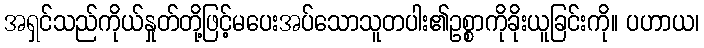
အရှင်သည်ကိုယ်နှုတ်တို့ဖြင့်မပေးအပ်သောသူတပါး၏ဥစ္စာကိုခိုးယူခြင်းကို။ ပဟာယ၊